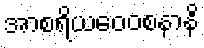
အာစရိယဝေဝစနာနိ